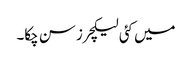
میں کئی لیکچرز سن چکا۔